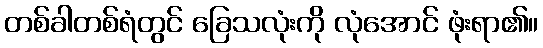
တစ်ခါတစ်ရံတွင် ခြေသလုံးကို လုံအောင် ဖုံးရာ၏။